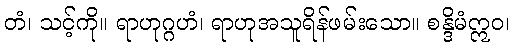
တံ၊ သင့်ကို။ ရာဟုဂ္ဂဟံ၊ ရာဟုအသူရိန်ဖမ်းသော။ စန္ဒိမံဣဝ၊